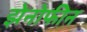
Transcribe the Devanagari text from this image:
झेनोफीन